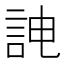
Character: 𮘁